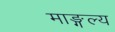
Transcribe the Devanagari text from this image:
माङ्गल्य